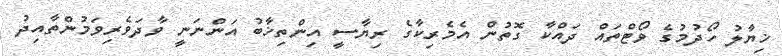
ޚިޔާލު ހޯދުމުގެ ވޯޓްތައް ދައްކާ ގޮތުން އެމެރިކާގެ ރިޔާސީ އިންތިޚާބު އަންނަނީ ވާދަވެރިވަމުންތާއިދު